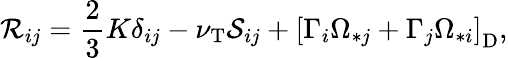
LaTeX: {\cal{R}}_{ij}=\frac{2}{3}K\delta_{ij}-\nu_{\mathrm{{T}}}{\cal{S}}_{ij}+\left[{\Gamma_{i}\Omega_{\ast j}+\Gamma_{j}\Omega_{\ast i}}\right]_{\mathrm{{D}}},